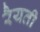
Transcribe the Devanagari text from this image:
रैयती